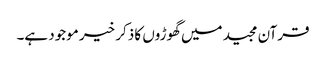
قرآن مجید میں گھوڑوں کا ذکر خیر موجود ہے۔